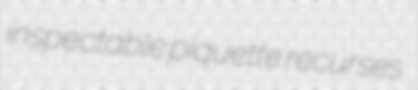
inspectable piquette recurses